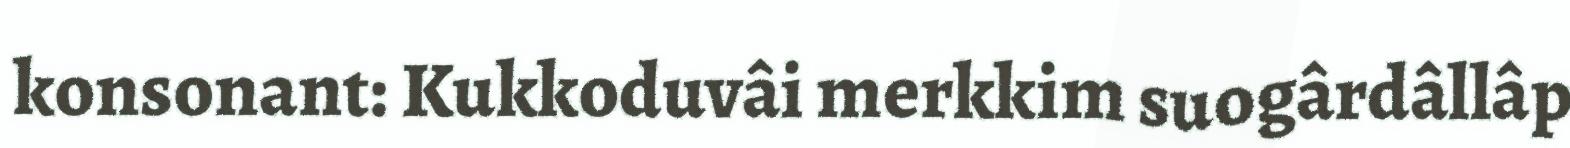
konsonant: Kukkoduvâi merkkim suogârdâllâp